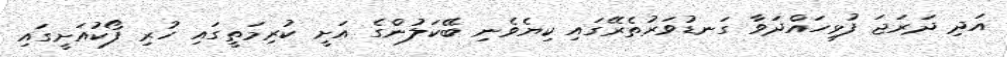
އަދި ދަރަޖަ ފުޅިހައްދަވާ ގަނޑުވަރުތެރޭގައި ކިޔެވެނި ބޭކަލުންގެ އަށީ ކުރިމަތީގައި ހުރި ފޯކުއަށީގައި